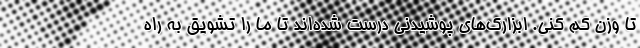
تا وزن کم کنی. ابزارک‌های پوشیدنی درست شده‌اند تا ما را تشویق به راه